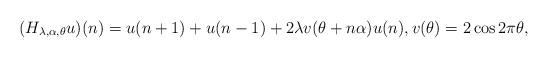
LaTeX: \begin{align*} (H_{\lambda,\alpha,\theta}u)(n)=u({n+1})+u({n-1})+ 2\lambda v(\theta+n\alpha)u(n), v(\theta)=2\cos2\pi \theta, \end{align*}